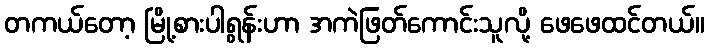
တကယ်တော့ မြို့စားပါရွန်းဟာ အကဲဖြတ်ကောင်းသူလို့ ဖေဖေထင်တယ်။